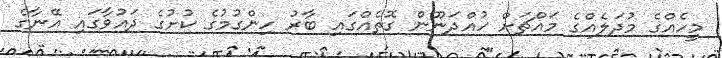
މީހެއްގެ މުދަލެއްގެ މައްޗަށް ހުއްދަނޫން ގޮތެއްގައި ބާރު ހިންގުމުގެ ކުށުގެ ދައުވާގައި އޭނާގެ